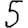
Digit: 5